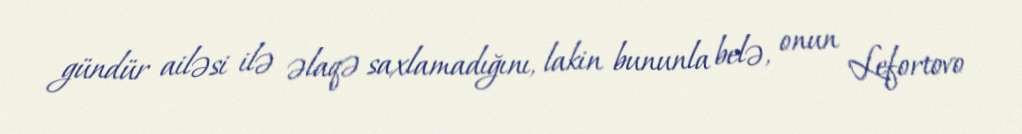
gündür ailəsi ilə əlaqə saxlamadığını, lakin bununla belə, onun Lefortovo